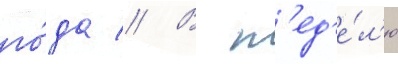
го́да // В н'ед'е́л'ю